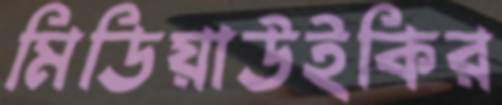
মিডিয়াউইকির